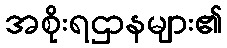
အစိုးရဌာနများ၏